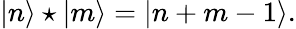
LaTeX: |n\rangle\star|m\rangle=|n+m-1\rangle.